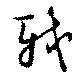
軾